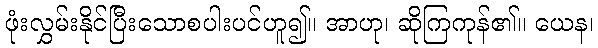
ဖုံးလွှမ်းနိုင်ပြီးသောစပါးပင်ဟူ၍။ အာဟု၊ ဆိုကြကုန်၏။ ယေန၊